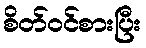
စိတ်ဝင်စားပြီး